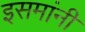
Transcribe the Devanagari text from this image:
इसमांनी